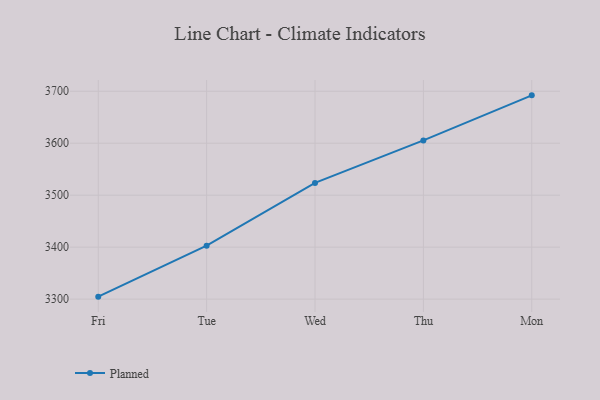
{"axis": {"x": "Day", "y": "Waste Production (Tons)"}, "legend": ["Planned"], "data": [{"x": "Fri", "y": 3304.8, "type": "Planned"}, {"x": "Tue", "y": 3402.9, "type": "Planned"}, {"x": "Wed", "y": 3523.6, "type": "Planned"}, {"x": "Thu", "y": 3605.4, "type": "Planned"}, {"x": "Mon", "y": 3692.1, "type": "Planned"}]}